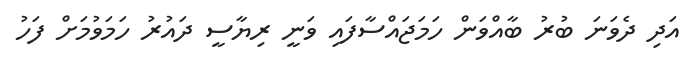
އަދި ދެވަނަ ބުރު ބާއްވަން ހަމަޖައްސާފައި ވަނީ ރިޔާސީ ދައުރު ހަމަވުމަށް ފަހު